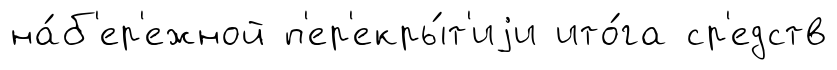
на́б'ер'ежной п'ер'екры́т'иjи ито́га ср'едств